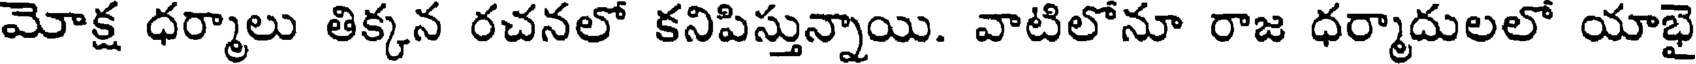
మోక్ష ధర్మాలు తిక్కన రచనలో కనిపిస్తున్నాయి. వాటిలోనూ రాజ ధర్మాదులలో యాభై